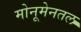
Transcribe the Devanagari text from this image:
मोनूमेनतल